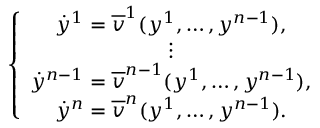
\left\lbrace \begin{array} { c } { \dot { y } ^ { 1 } = \overline { { v } } ^ { 1 } ( y ^ { 1 } , \ldots , y ^ { n - 1 } ) , } \\ { \vdots } \\ { \dot { y } ^ { n - 1 } = \overline { { v } } ^ { n - 1 } ( y ^ { 1 } , \ldots , y ^ { n - 1 } ) , } \\ { \dot { y } ^ { n } = \overline { { v } } ^ { n } ( y ^ { 1 } , \ldots , y ^ { n - 1 } ) . } \end{array} \right.